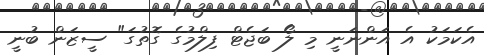
އެކަމަކު އެ އަންނަނީ މި ލޯ ބަޖެޓް ފިލްމުގެ ގޮތުގަ" ސީޒަން ބުނީ